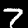
Digit: 7